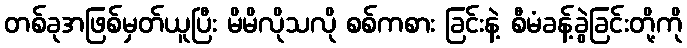
တစ်ခုအဖြစ်မှတ်ယူပြီး မိမိလိုသလို စစ်ကစား ခြင်းနဲ့ စီမံခန့်ခွဲခြင်းတို့ကို